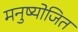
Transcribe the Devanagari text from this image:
मनुष्योजित